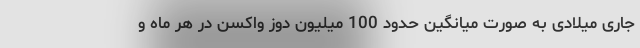
جاری میلادی به صورت میانگین حدود 100 میلیون دوز واکسن در هر ماه و